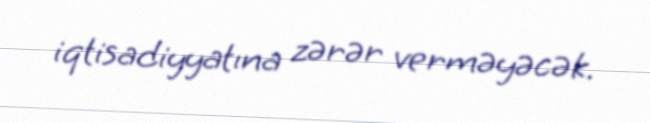
iqtisadiyyatına zərər verməyəcək.